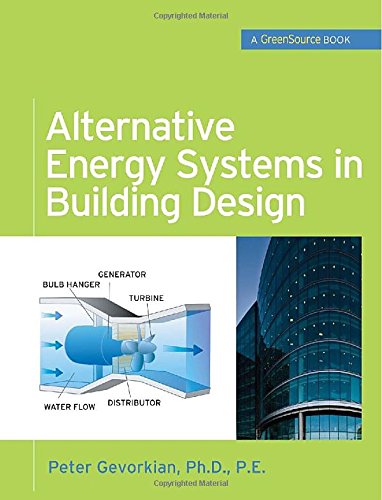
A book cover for Alternative Energy Systems in Building Design (GreenSource Books) (McGraw-Hill's Greensource); Peter Gevorkian; Crafts, Hobbies & Home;